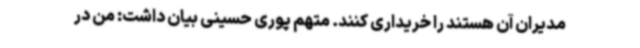
مدیران آن هستند را خریداری کنند. متهم پوری حسینی بیان داشت: من در